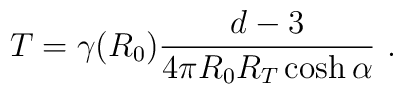
T = \gamma(R_0) \frac{d-3}{4\pi R_0 R_T \cosh \alpha}  \ .